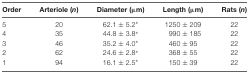
<table><thead><tr><td><b>Order</b></td><td><b>Arteriole (<i>n</i>)</b></td><td><b>Diameter (μm)</b></td><td><b>Length (μm)</b></td><td><b>Rats (<i>n</i>)</b></td></tr></thead><tbody><tr><td>5</td><td>20</td><td>62.1 ± 5.2*</td><td>1250 ± 209</td><td>22</td></tr><tr><td>4</td><td>35</td><td>44.8 ± 3.8*</td><td>990 ± 185</td><td>22</td></tr><tr><td>3</td><td>46</td><td>35.2 ± 4.0*</td><td>460 ± 95</td><td>22</td></tr><tr><td>2</td><td>62</td><td>24.6 ± 2.8*</td><td>368 ± 55</td><td>22</td></tr><tr><td>1</td><td>94</td><td>16.1 ± 2.5*</td><td>150 ± 39</td><td>22</td></tr></tbody></table>